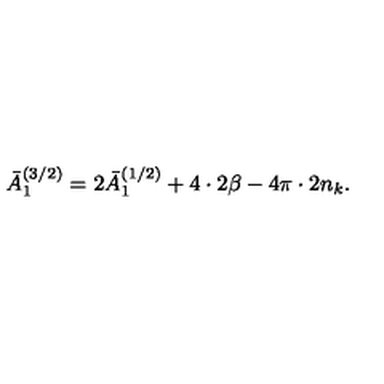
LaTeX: \bar { A } _ { 1 } ^ { ( 3 / 2 ) } = 2 \bar { A } _ { 1 } ^ { ( 1 / 2 ) } + 4 \cdot 2 \beta - 4 \pi \cdot 2 n _ { k } .